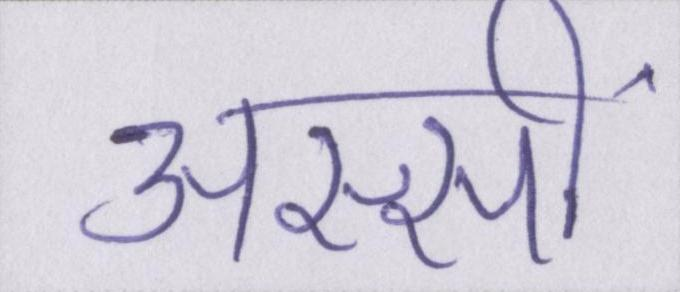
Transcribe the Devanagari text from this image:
अस्सीं